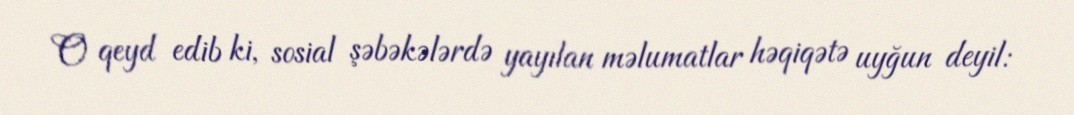
O qeyd edib ki, sosial şəbəkələrdə yayılan məlumatlar həqiqətə uyğun deyil: